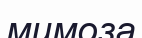
мимоза